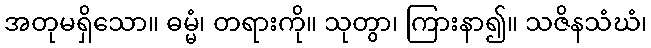
အတုမရှိသော။ ဓမ္မံ၊ တရားကို။ သုတွာ၊ ကြားနာ၍။ သဇိနသံဃံ၊